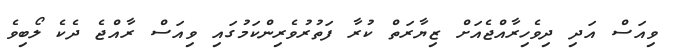
ވިއަސް އަދި ދިވެހިރާއްޖެއަށް ޒިޔާރަތް ކުރާ ފަތުރުވެރިންކަމުގައި ވިއަސް ރާއްޖެ ދެކެ ލޯބިވެ